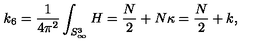
k _ { 6 } = \frac { 1 } { 4 \pi ^ { 2 } } \int _ { S _ { \infty } ^ { 3 } } H = \frac { N } { 2 } + N \kappa = \frac { N } { 2 } + k ,